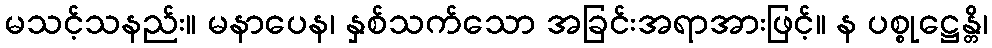
မသင့်သနည်း။ မနာပေန၊ နှစ်သက်သော အခြင်းအရာအားဖြင့်။ န ပစ္စုဋ္ဌေန္တိ၊